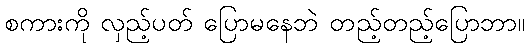
စကားကို လှည့်ပတ် ပြောမနေဘဲ တည့်တည့်ပြောဘာ။